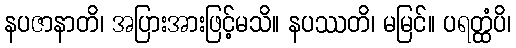
နပဇာနာတိ၊ အပြားအားဖြင့်မသိ။ နပဿတိ၊ မမြင်။ ပရတ္ထံပိ၊